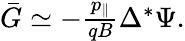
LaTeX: \begin{array}{r}{\bar{G}\simeq-\frac{p_{\| }}{qB}\Delta^{*}\Psi.}\end{array}